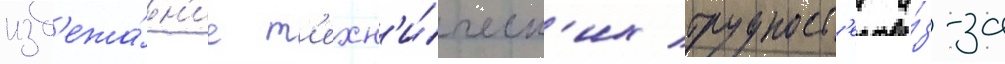
изб'ежа́н'ие т'ехн'и́ческ'их трудност'еи и́з-за